Report on vaccination in Madras 1895-1903 - 1895-1903
Year: 1895
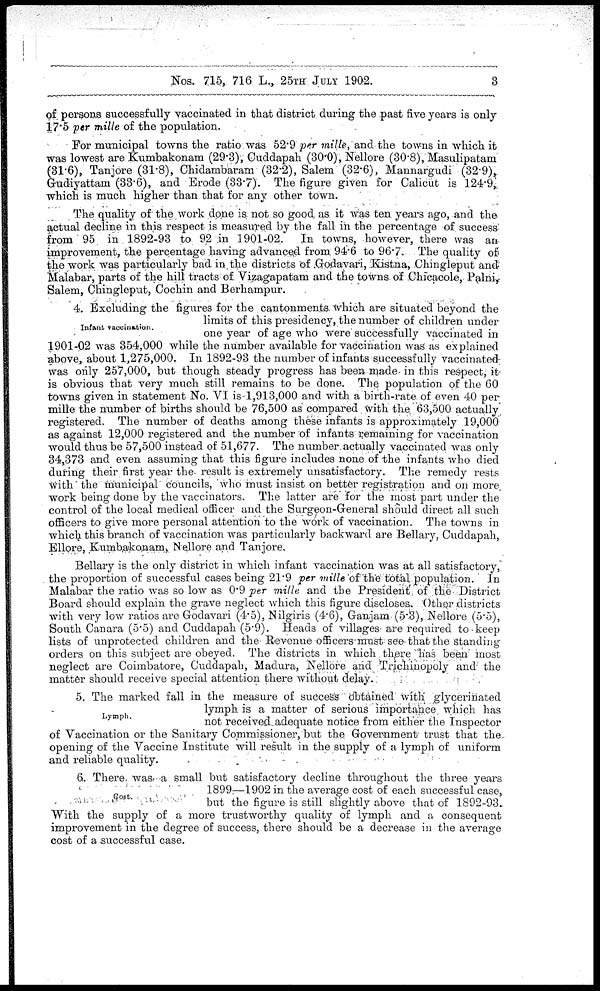
Nos. 715, 716 L., 25TH JULY 1902.
3
of persons successfully vaccinated in that district during the past five years is only
17.5 per mille of the population.
For municipal towns the ratio was 52.9 per mille, and the towns in which it
was lowest are Kumbakonam (29.3), Cuddapah (30.0), Nellore (30.8), Masulipatam
(31.6), Tanjore (31.8), Chidambaram (32.2), Salem (32.6), Mannargudi (32.9),
Gudiyattam (33.6), and Erode (33.7). The figure given for Calicut is 124.9,
which is much higher than that for any other town.
The quality of the work done is not so good as it was ten years ago, and the
actual decline in this respect is measured by the fall in the percentage of success
from 95 in 1892-93 to 92 in 1901-02. In towns, however, there was an
improvement, the percentage having advanced from 94.6 to 96.7. The quality of
the work was particularly bad in the districts of Godavari, Kistna, Chingleput and
Malabar, parts of the hill tracts of Vizagapatam and the towns of Chicacole, Palni,
Salem, Chingleput, Cochin and Berhampur.
Infant vaccination.
4. Excluding the figures for the cantonments which are situated beyond the
limits of this presidency, the number of children under
one year of age who were successfully vaccinated in
above, about 1,275,000. In 1892-93 the number of infants successfully vaccinated
was only 257,000, but though steady progress has been made in this respect, it
is obvious that very much still remains to be done. The population of the 60
towns given in statement 1 9 0 1 - 0 2 w a s 3 5 4 , 0 0 0 w h i l e t h e n u m b e r a v a i l a b l e f o r v a c c i n a t i o n w a s a s e x p l a i n e d N o . VI is 1,913,000 and with a birth-rate of even 40 per
mille the number of births should be 76,500 as compared with the 63,500 actually
registered. The number of deaths among these infants is approximately 19,000
as against 12,000 registered and the number of infants remaining for vaccination
would thus be 57,500 instead of 51,677. The number actually vaccinated was only
34,373 and even assuming that this figure includes none of the infants who died
during their first year the result is extremely unsatisfactory. The remedy rests
with the municipal councils, who must insist on better registration and on more
work being done by the vaccinators. The latter are for the most part under the
control of the local medical officer and the Surgeon-General should direct all such
officers to give more personal attention to the work of vaccination. The towns in
which this branch of vaccination was particularly backward are Bellary, Cuddapah,
Ellore, Kumbakonam, Nellore and Tanjore.
Bellary is the only district in which infant vaccination was at all satisfactory,
. the proportion of successful cases being 21.9 per mille of the total population. In
Malabar the ratio was so low as 0.9 per mille and the President of the District
Board should explain the grave neglect which this figure discloses. Other districts
with very low ratios are Godavari (4.5), Nilgiris (4.6), Ganjam(5.3), Nellore (5.5),
South Canara (5.5) and Cuddapah (5.9). Heads of villages are required to keep
lists of unprotected children and the Revenue officers must see that the standing
orders on this subject are obeyed. The districts in which there has been most
neglect are Coimbatore, Cuddapah, Madura, Nellore and Trichinopoly and the
matter should receive special attention there without delay
Lymph.
5. The marked fall in the measure of success obtained with glycerinated
lymph is a matter of serious importance which has
not received, adequate notice from either the Inspector
of Vaccination or the Sanitary Commissioner, but the Government trust that the
opening of the Vaccine Institute will result in the supply of a lymph of uniform
and reliable quality.
Cost.
6. There was a small but satisfactory decline throughout the three years
1899:—1902 in the average cost of each successful case,
but the figure is still slightly above that of 1892-93.
With the supply of a more trustworthy quality of lymph and a consequent
improvement in the degree of success, there should be a decrease in the average
cost of a successful case.